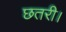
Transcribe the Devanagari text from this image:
छतरी।